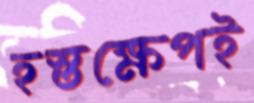
হস্তক্ষেপই